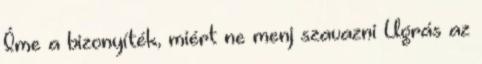
Íme a bizonyíték, miért ne menj szavazni Ugrás az